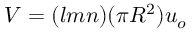
V = ( l m n ) ( \pi R ^ { 2 } ) u _ { o }